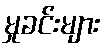
မှုခင်းများ